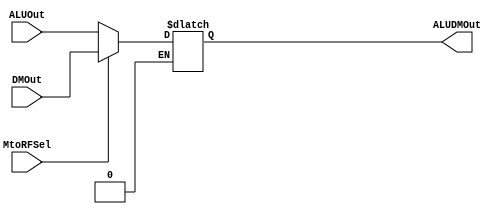
`timescale 1ns / 1ps
//////////////////////////////////////////////////////////////////////////////////
// Company: 
// Engineer: 
// 
// Design Name: 
// Module Name: ALUDM
// Project Name: 
// Target Devices: 
// Tool Versions: 
// Description: 
// 
// Dependencies: 
// 
// Revision:
// Revision 0.01 - File Created
// Additional Comments:
// 
//////////////////////////////////////////////////////////////////////////////////


/// ALUDM MUX /// 
/*
    MUX that outputs ALUDM and connects to RFWD in the Register File
    RF receives data from DM for lw 
    RF receives its data from the ALUOut for R-Type instructions
*/
module ALUDM(
input MtoRFSel,
input [31 : 0] ALUOut,DMOut,
output reg [31 : 0] ALUDMOut
);

always @(*) begin
    
    if(MtoRFSel == 1'b1) begin //R-Type
        ALUDMOut <= DMOut;
        end
  
    else if(MtoRFSel == 1'b0) begin
        ALUDMOut <= ALUOut;  //Load Word 
        end
    
end

endmodule